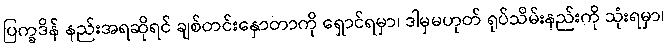
ပြက္ခဒိန် နည်းအရဆိုရင် ချစ်တင်းနှောတာကို ရှောင်ရမှာ၊ ဒါမှမဟုတ် ရုပ်သိမ်းနည်းကို သုံးရမှာ၊